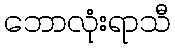
ဘောလုံးရာသီ